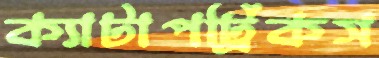
ক্যাটাপট্রিকস